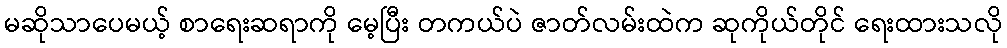
မဆိုသာပေမယ့် စာရေးဆရာကို မေ့ပြီး တကယ်ပဲ ဇာတ်လမ်းထဲက ဆုကိုယ်တိုင် ရေးထားသလို